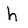
Character: h